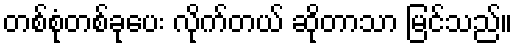
တစ်စုံတစ်ခုပေး လိုက်တယ် ဆိုတာသာ မြင်သည်။